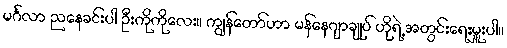
မင်္ဂလာ ညနေခင်းပါ ဦးကိုကိုလေး။ ကျွန်တော်ဟာ မန်နေဂျာချုပ် ဟိုရဲ့ အတွင်းရေးမှူးပါ။